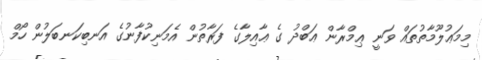
މިމަޢުލޫމާތުތައް ވަނީ ޢިމްރާން ޢަބްދު ގެ ޢާއިލާގެ ފަރާތުން އެމަނިކުފާނުގެ އަނބިކަނބަލުން ހޯމް